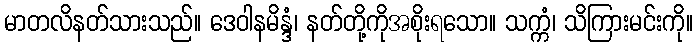
မာတလိနတ်သားသည်။ ဒေဝါနမိန္ဒံ၊ နတ်တို့ကိုအစိုးရသော။ သက္ကံ၊ သိကြားမင်းကို။